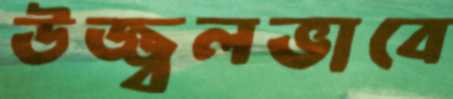
উজ্জ্বলভাবে